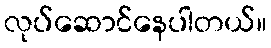
လုပ်ဆောင်နေပါတယ်။